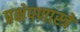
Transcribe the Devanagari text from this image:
प्रक्षेपणास्त्रे